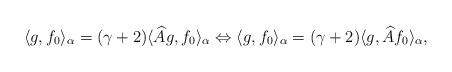
LaTeX: \begin{align*}\langle g,f_0 \rangle_{\alpha} = (\gamma +2) \langle \widehat{A} g, f_0 \rangle_{ \alpha} \Leftrightarrow \langle g,f_0 \rangle_{\alpha} = (\gamma+2) \langle g, \widehat{A} f_0 \rangle_{ \alpha},\end{align*}